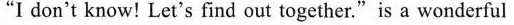
"I don't know! Let's find out together."is a wonderful